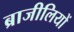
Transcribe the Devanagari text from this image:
ब्राजीलियों